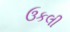
ઉકલી